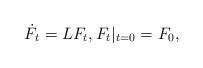
LaTeX: \begin{align*} \dot{F}_t = L F_t , F_t|_{t=0} = F_0,\end{align*}